Annual returns of the Patna Lunatic Asylum at Bankipore in Bihar and Orissa - 1912-1924
Year: 1912
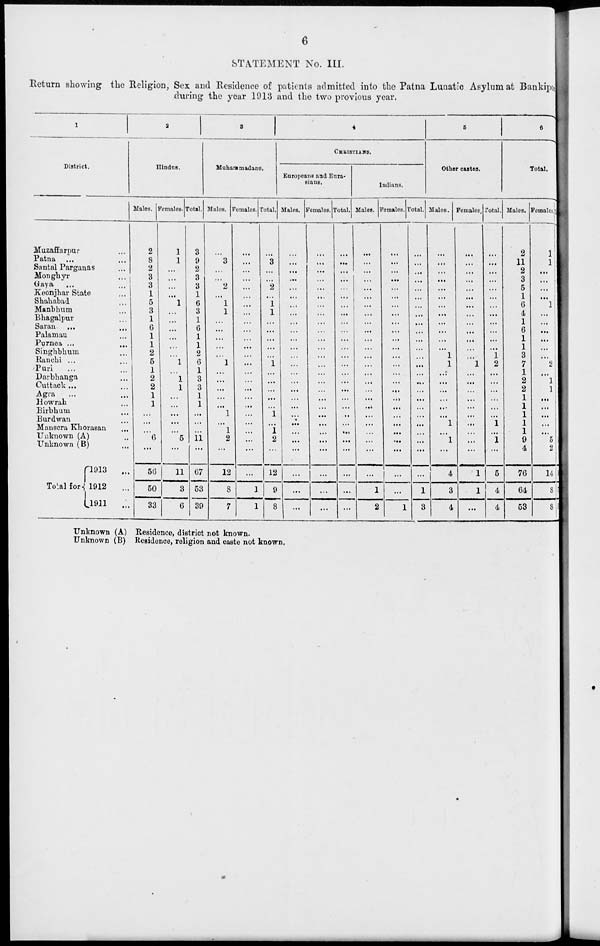
6
STATEMENT No. III.
Return showing the Religion, Sex and Residence of patients admitted into the Patna Lunatic Asylum at Bankipore
during the year 1913 and the two previous year.
1
District.
Muzaffarpur ...
Patna ...
Santal Parganas ...
Monghyr
...
Gaya ...
Keonjhar State
...
Shahabad
...
Manbhum ...
Bhagalpur ...
Saran ...
Palamau ...
Purnea ...
Singhbhum ...
Ranchi ...
Puri ...
Darbhanga ...
Cuttack...
Agra ...
Howrah ...
Birbhum ...
Burdwan ...
Mansera Khorasan
Unknown (A) ...
Unknown (B) ...
Total for
1913
...
1912 ...
1911
...
2
Hindus.
Males.
2
8
2
3
3
1
5
3
1
6
1
1
2
5
1
2
2
1
1
...
...
6
...
56
50
33
Females.
1
1
...
...
...
...
1
...
...
...
...
...
...
1
...
1
1
...
...
...
...
...
5
...
1 1
3
6
Total.
3
9
2
3
3
1
6
3
1
6
1
1
2
6
1
3
3
1
1
...
...
...
11
...
67
53
39
3
Muhammadans.
Males.
...
3
...
...
2
...
1
1
...
...
...
...
...
1
...
...
...
...
...
1
...
1
2
...
12
8
7
Females.
...
...
...
...
...
...
...
...
...
...
...
...
...
...
...
...
...
...
...
...
...
...
...
...
...
1
1
Total.
...
3
...
...
2
...
1
1
...
...
...
...
...
1
...
...
...
...
1
...
1
2
12
9
8
4
CHRISTIANS.
Europeans and Eura¬
sians.
Males.
...
...
...
...
...
...
...
...
...
...
...
...
...
1
...
...
...
...
...
... ...
...
...
...
...
...
...
Females.
...
...
...
...
...
...
...
...
...
...
...
...
...
...
...
...
...
...
...
...
...
...
...
...
...
...
...
Total.
...
...
...
...
...
...
...
...
...
...
...
...
...
...
...
...
...
...
...
...
...
...
...
...
...
...
...
Indians.
Males.
...
...
...
...
...
...
...
...
...
...
...
...
...
...
...
...
...
...
...
...
...
...
...
...
...
1
2
Females.
...
...
...
...
...
...
...
...
...
...
...
...
...
...
...
...
...
...
...
...
...
...
...
...
...
...
1
Total.
...
...
...
...
...
...
...
...
...
...
...
...
...
...
...
...
...
...
...
...
...
...
...
...
...
1
3
5
Other castes.
Males.
...
...
...
...
...
...
...
...
...
...
...
...
1
1
...
...
...
...
...
...
1
...
1
...
4
3
4
Females
...
...
...
...
...
...
...
...
...
...
...
...
...
1
...
...
...
...
...
...
...
...
...
...
1
1
...
Total.
...
...
...
...
...
...
...
...
...
...
...
...
1
2
...
...
...
...
...
...
1
...
1
...
5
4
4
6
Total.
Males.
2
11
2
3
5
1
6
4
1
6
1
1
3
7
1
2
2
1
1
1
1
1
9
4
76
64
53
Females.
1
1
...
...
...
...
1
...
...
...
...
...
...
2
...
1
1
...
...
...
...
...
5
2
14
8
8
Unknown (A)
Unknown (B)
Residence, district not known.
Residence, religion and caste not known.